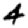
Digit: 4